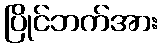
ပြိုင်ဘက်အား